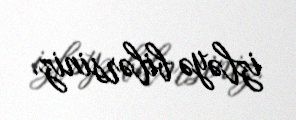
izləyə bilərsiniz.